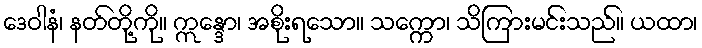
ဒေဝါနံ၊ နတ်တို့ကို။ ဣန္ဒော၊ အစိုးရသော။ သက္ကော၊ သိကြားမင်းသည်။ ယထာ၊